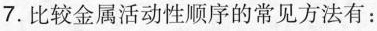
7.比较金属活动性顺序的常见方法有：